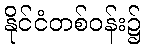
နိုင်ငံတစ်ဝန်း၌